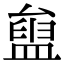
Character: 𥂒